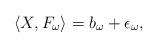
LaTeX: \begin{align*} \langle X, F_{\omega} \rangle = b_{\omega} + \epsilon_{\omega}, \end{align*}